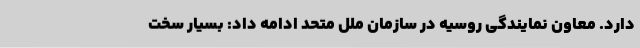
دارد. معاون نمایندگی روسیه در سازمان ملل متحد ادامه داد: بسیار سخت